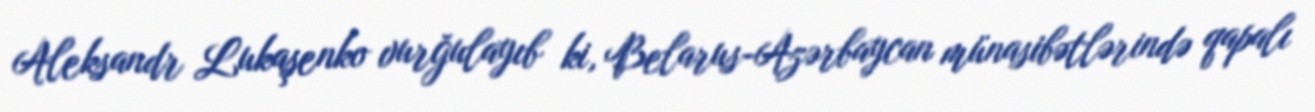
Aleksandr Lukaşenko vurğulayıb ki, Belarus-Azərbaycan münasibətlərində qapalı